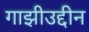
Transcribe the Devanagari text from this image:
गाझीउद्दीन